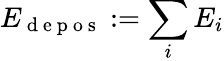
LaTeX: E_{\mathrm{~d~e~p~o~s~}}:=\sum_{i}E_{i}